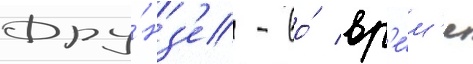
Фру́нз'е - во́ вр'е́м'я